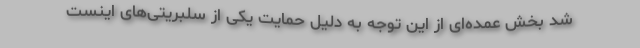
شد بخش عمده‌ای از این توجه به دلیل حمایت یکی از سلبریتی‌های اینست